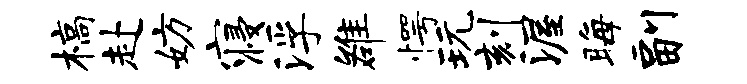
槁赴妨寝浮雒愕玩刻渥晦副